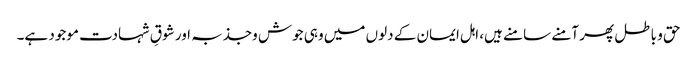
حق و باطل پھر آمنے سامنے ہیں، اہل ایمان کے دلوں میں وہی جوش وجذبہ اور شوقِ شہادت موجود ہے۔